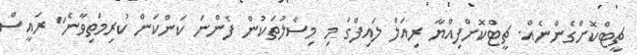
ޗީޓްކޮށްގެންނެއް. ޗީޓްކޮށްފިއްޔާ ރިއަލް ލައިފްގަ މި މިސާލުތަކުން ފެންނަ ކަންކަން ކުރިމަތިވާނެ" ރައީސް